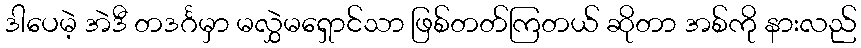
ဒါပေမဲ့ အဲဒီ တဒင်္ဂမှာ မလွှဲမရှောင်သာ ဖြစ်တတ်ကြတယ် ဆိုတာ အစ်ကို နားလည်